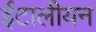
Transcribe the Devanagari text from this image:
ईटालीयन